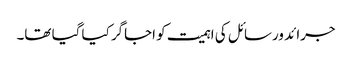
جرائد ورسائل کی اہمیت کو اجاگر کیا گیا تھا۔